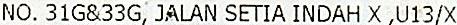
NO. 31G&33G, JALAN SETIA INDAH X ,U13/X